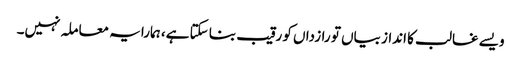
ویسے غالب کا انداز بیاں تو رازداں کو رقیب بنا سکتا ہے، ہمارا یہ معاملہ نہیں۔